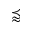
\precapprox